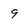
Character: 9